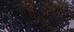
પોકારનાર